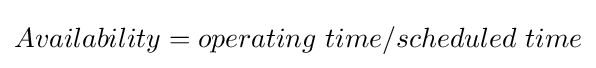
Availability=operating\ time/scheduled\ time